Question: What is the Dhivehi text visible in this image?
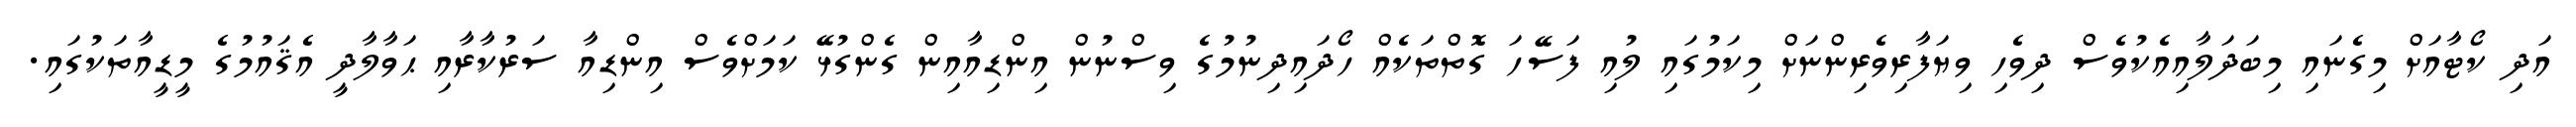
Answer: އަދި ކޯޓާއަށް މިގެނައި މިބަދަލާއިއެކުވެސް ދިވެހި ވިޔަފާރިވެރިންނަށް މިކަމުގައި ލުއި ފަސޭހަ ގޮތްތަކެއް ހޯދައިދިނުމުގެ ވިސްނުން އިންޑިއާއިން ގެންގުޅޭ ކަމަށްވެސް އިންޑިއާ ސަރުކާރާއި ޙަވާލާދީ އެޤައުމުގެ މީޑީއާތަކުގައި.